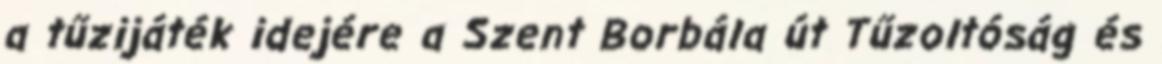
a tűzijáték idejére a Szent Borbála út Tűzoltóság és